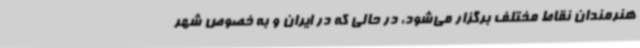
هنرمندان نقاط مختلف برگزار می‌شود، در حالی که در ایران و به خصوص شهر